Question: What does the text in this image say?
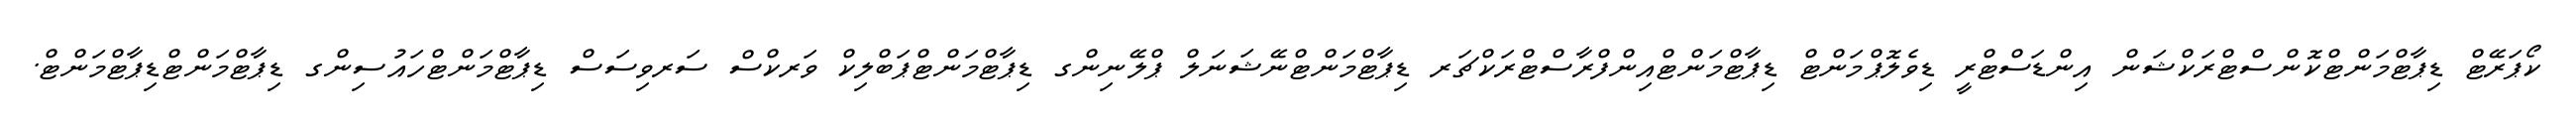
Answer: ކޯޕަރޭޓް ޑިޕާޓްމަންޓްކޮންސްޓްރަކްޝަން އިންޑަސްޓްރީ ޑިވެލޮޕްމަންޓް ޑިޕާޓްމަންޓްއިންފްރާސްޓްރަކްޗަރ ޑިޕާޓްމަންޓްނޭޝަނަލް ޕްލޭނިންގ ޑިޕާޓްމަންޓްޕަބްލިކް ވަރކްސް ސަރވިސަސް ޑިޕާޓްމަންޓްހައުސިންގ ޑިޕާޓްމަންޓްޑިޕާޓްމަންޓް.